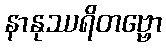
နာနုဿရိတဗ္ဗော